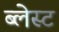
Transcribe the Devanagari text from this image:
ब्लेस्ट